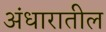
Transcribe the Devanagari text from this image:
अंधारातील